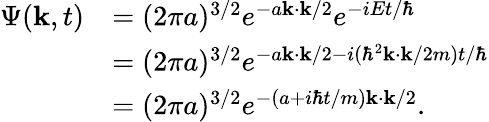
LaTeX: {\begin{array}{rl}{\Psi(\mathbf{k},t)}&{=(2\pi a)^{3/2}e^{-a\mathbf{k}\cdot\mathbf{k}/2}e^{-iEt/\hbar}}\\ &{=(2\pi a)^{3/2}e^{-a\mathbf{k}\cdot\mathbf{k}/2-i(\hbar^{2}\mathbf{k}\cdot\mathbf{k}/2m)t/\hbar}}\\ &{=(2\pi a)^{3/2}e^{-(a+i\hbar t/m)\mathbf{k}\cdot\mathbf{k}/2}.}\end{array}}